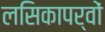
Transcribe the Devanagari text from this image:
लसिकापर्वों